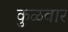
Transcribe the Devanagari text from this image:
कुळवार